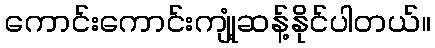
ကောင်းကောင်းကျုံ့ဆန့်နိုင်ပါတယ်။